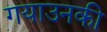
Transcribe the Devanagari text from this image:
गयाउनकी